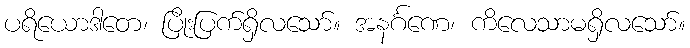
ပရိယောဒါတေ၊ ပြိုးပြက်ရှိလသော်။ အနင်္ဂဏေ၊ ကိလေသာမရှိလသော်။